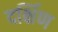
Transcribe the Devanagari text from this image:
दर्क्षिण